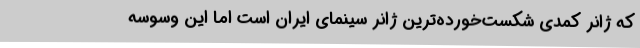
که ژانر کمدی شکست‌خورده‌ترین ژانر سینمای ایران است اما این وسوسه‌